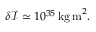
\delta \mathcal { I } \simeq 1 0 ^ { 3 5 } \, \mathrm { k g \, m } ^ { 2 } .